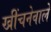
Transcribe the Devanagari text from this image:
खींचनेवाले